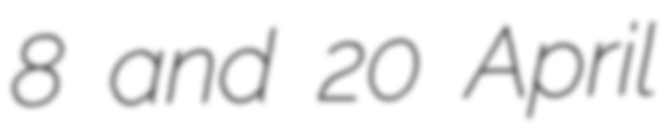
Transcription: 8 and 20 April